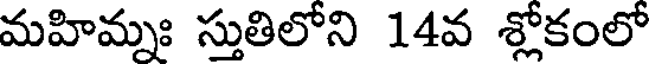
మహిమ్నః స్తుతిలోని 14వ శ్లోకంలో